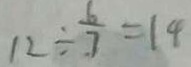
1 2 \div \frac { 6 } { 7 } = 1 4